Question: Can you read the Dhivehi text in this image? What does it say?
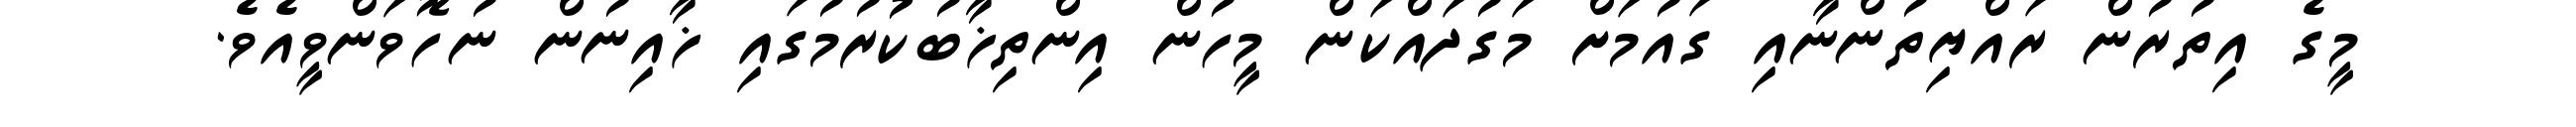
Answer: މީގެ އިތުރުން ރައްޔިތުންނާއި ގައުމަށް މަގުދައްކަން މީހުން އިންތިޚާބުކުރުމުގައި ޚާއިނުން ނުހޮވަންވީއެވެ.